Civil Veterinary Dept. North-West Frontier Province 1923-32 - 1923-1932
Year: 1923
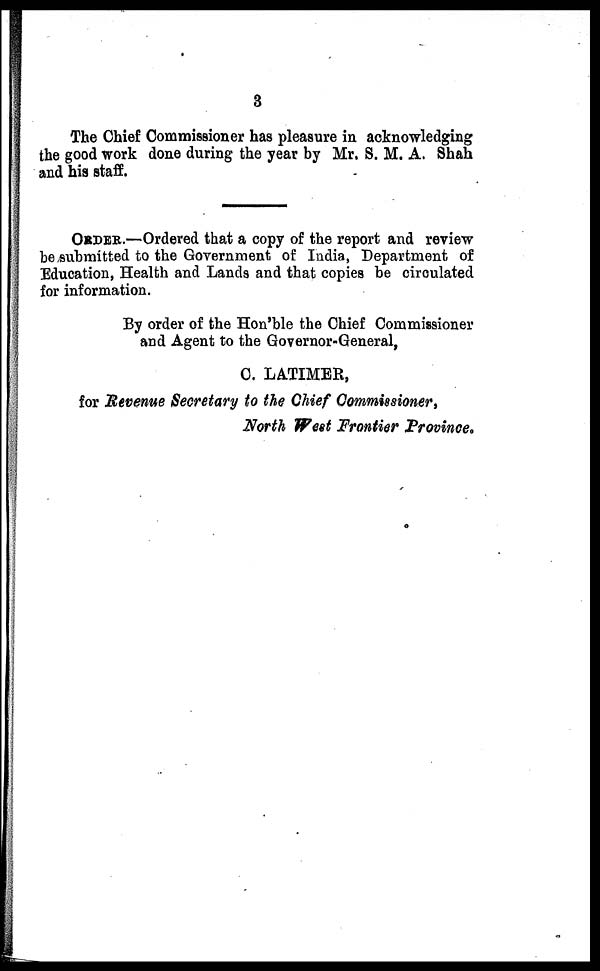
3
The Chief Commissioner has pleasure in acknowledging
the good work done during the year by Mr. S. M. A. Shah
and his staff.
ORDER.—Ordered that a copy of the report and review
be submitted to the Government of India, Department of
Education, Health and Lands and that copies be circulated
for information.
By order of the Hon'ble the Chief Commissioner
and Agent to the Governor-General,
C. LATIMER,
for Revenue Secretary to the Chief Commissioner,
North West Frontier Province.